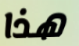
هذا